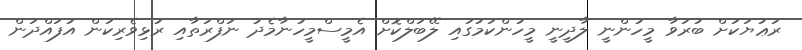
ރަޢުޔަކަށް ބުރަވާ މީހުންނީ ލާދީނީ މީހުންކަމުގައި ލޭބަލްކޮށް އެމީސްމީހުނާމެދު ނަފްރަތާއި ރުޅިވެރިކަން އުފައްދަން